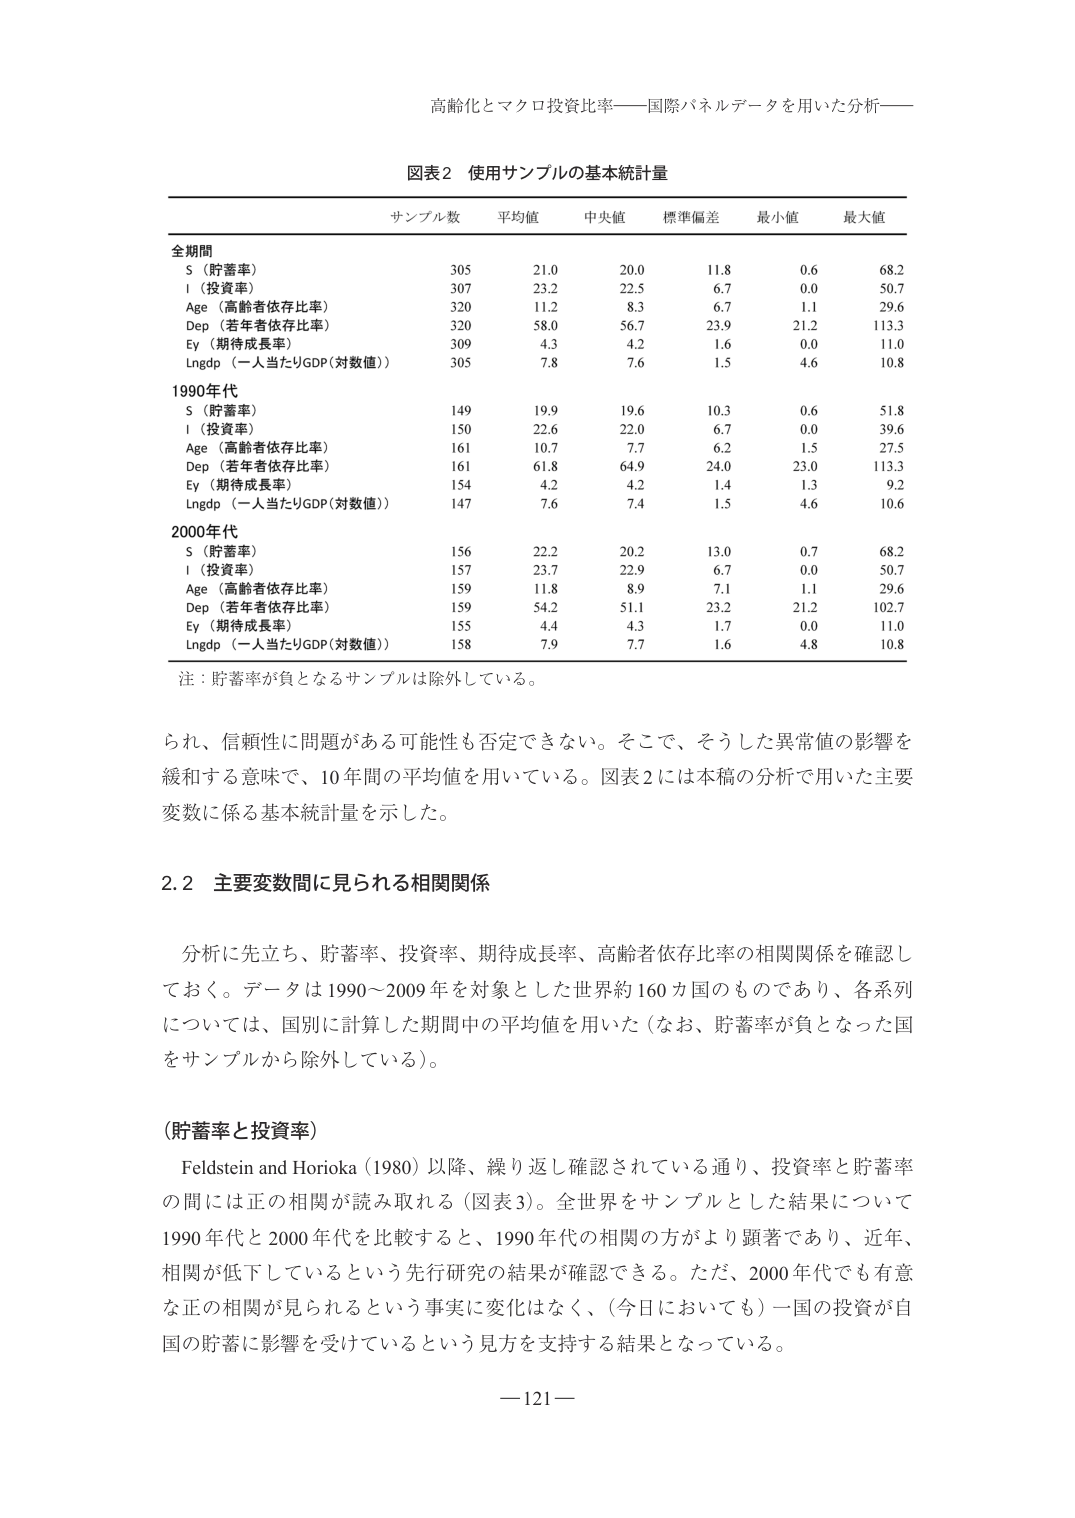
高齢化とマクロ投資比率――国際パネルデータを用いた分析――

図表2 使用サンプルの基本統計量

サンプル数 平均値 中央値 標準偏差 最小値 最大値

全期間
S（貯蓄率） 305 21.0 20.0 11.8 0.6 68.2
I（投資率） 307 23.2 22.5 6.7 0.0 50.7
Age（高齢者依存比率） 320 11.2 8.3 6.7 1.1 29.6
Dep（若年者依存比率） 320 58.0 56.7 23.9 21.2 113.3
Ey（期待成長率） 309 4.3 4.2 1.6 0.0 11.0
Lngdp（一人当たりGDP(対数値)） 305 7.8 7.6 1.5 4.6 10.8

1990年代
S（貯蓄率） 149 19.9 19.6 10.3 0.6 51.8
I（投資率） 150 22.6 22.0 6.7 0.0 39.6
Age（高齢者依存比率） 161 10.7 7.7 6.2 1.5 27.5
Dep（若年者依存比率） 161 61.8 64.9 24.0 23.0 113.3
Ey（期待成長率） 154 4.2 4.2 1.4 1.3 9.2
Lngdp（一人当たりGDP(対数値)） 147 7.6 7.4 1.5 4.6 10.6

2000年代
S（貯蓄率） 156 22.2 20.2 13.0 0.7 68.2
I（投資率） 157 23.7 22.9 6.7 0.0 50.7
Age（高齢者依存比率） 159 11.8 8.9 7.1 1.1 29.6
Dep（若年者依存比率） 159 54.2 51.1 23.2 21.2 102.7
Ey（期待成長率） 155 4.4 4.3 1.7 0.0 11.0
Lngdp（一人当たりGDP(対数値)） 158 7.9 7.7 1.6 4.8 10.8

注：貯蓄率が負となるサンプルは除外している。

られ、信頼性に問題がある可能性も否定できない。そこで、そうした異常値の影響を
緩和する意味で、10年間の平均値を用いている。図表2には本稿の分析で用いた主要
変数に係る基本統計量を示した。

2.2 主要変数間に見られる相関関係

分析に先立ち、貯蓄率、投資率、期待成長率、高齢者依存比率の相関関係を確認し
ておく。データは1990～2009年を対象とした世界約160カ国のものであり、各系列
については、国別に計算した期間中の平均値を用いた（なお、貯蓄率が負となった国
をサンプルから除外している）。

（貯蓄率と投資率）
Feldstein and Horioka（1980）以降、繰り返し確認されている通り、投資率と貯蓄率
の間には正の相関が読み取れる（図表3）。全世界をサンプルとした結果について
1990年代と2000年代を比較すると、1990年代の相関の方がより顕著であり、近年、
相関が低下しているという先行研究の結果が確認できる。ただ、2000年代でも有意
な正の相関が見られるという事実に変化はなく、（今日においても）一国の投資が自
国の貯蓄に影響を受けているという見方を支持する結果となっている。

—121—